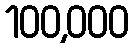
100,000